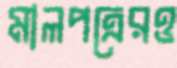
মালপত্রেরও